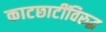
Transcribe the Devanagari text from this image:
काटछाटींविरुद्ध